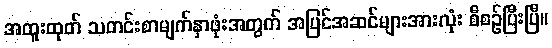
အထူးထုတ် သတင်းစာမျက်နှာဖုံးအတွက် အပြင်အဆင်များအားလုံး စီစဉ်ပြီးပြီ။